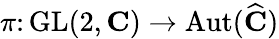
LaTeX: \pi\colon\operatorname{GL}(2,\mathbf{C})\to\operatorname{Aut}({\widehat{\mathbf{C}}})